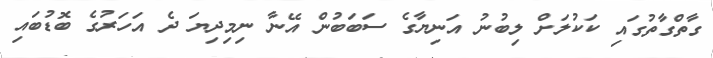
ގާތްގާތުގައި ކަކުލަށް ލިބުނު އަނިޔާގެ ސަބަބުން އޭނާ ނިމިދިޔަ ދެ އަހަރުގެ ބޮޑުބައި